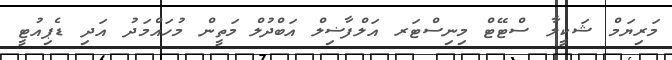
މަރިޔަމް ޝަކީލާ ސްޓޭޓް މިނިސްޓަރ އަލްފާޟިލް އަބްދުލް މަތީން މުހައްމަދު އަދި ޑެޕިއުޓީ